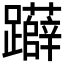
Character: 𨇨